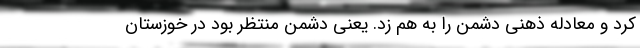
کرد و معادله ذهنی دشمن را به هم زد. یعنی دشمن منتظر بود در خوزستان